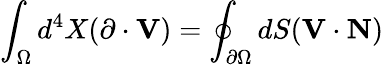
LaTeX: \int_{\Omega}d^{4}X(\mathbf{\partial}\cdot\mathbf{V})=\oint_{\partial\Omega}dS(\mathbf{V}\cdot\mathbf{N})